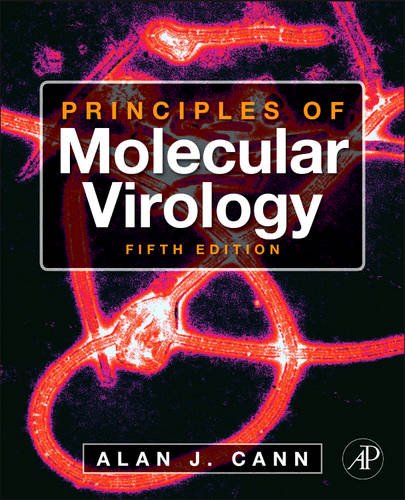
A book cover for Principles of Molecular Virology, Fifth Edition; Alan J. Cann; Medical Books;